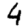
Digit: 4